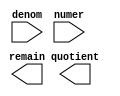
module alt_div (
	denom,
	numer,
	quotient,
	remain);

	input	[31:0]  denom;
	input	[31:0]  numer;
	output	[31:0]  quotient;
	output	[31:0]  remain;

endmodule